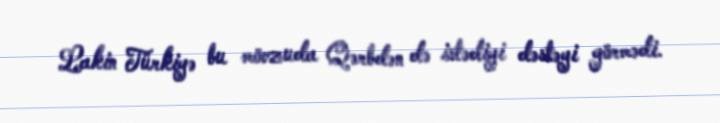
Lakin Türkiyə bu mövzuda Qərbdən də istədiyi dəstəyi görmədi.